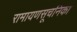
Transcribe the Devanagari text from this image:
रामायणसूचनिका